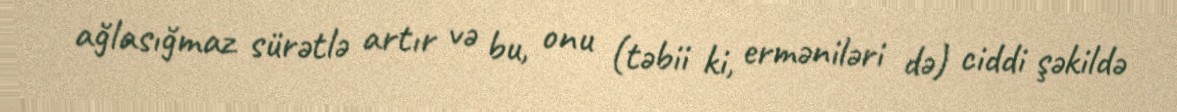
ağlasığmaz sürətlə artır və bu, onu (təbii ki, erməniləri də) ciddi şəkildə